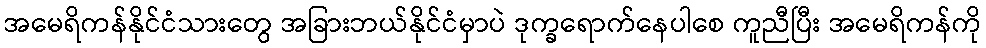
အမေရိကန်နိုင်ငံသားတွေ အခြားဘယ်နိုင်ငံမှာပဲ ဒုက္ခရောက်နေပါစေ ကူညီပြီး အမေရိကန်ကို